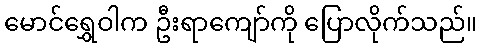
မောင်ရွှေဝါက ဦးရာကျော်ကို ပြောလိုက်သည်။